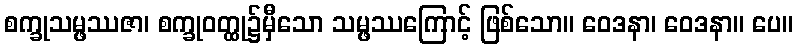
စက္ခုသမ္ဖဿဇာ၊ စက္ခုဝတ္ထု၌မှီသော သမ္ဖဿကြောင့် ဖြစ်သော။ ဝေဒနာ၊ ဝေဒနာ။ ပေ။